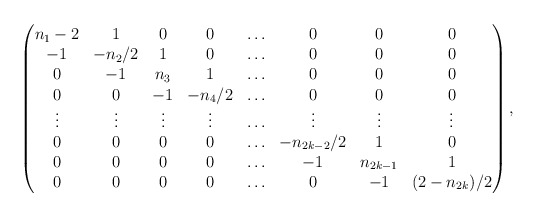
\begin{align*}\begin{pmatrix}n_1-2&1& 0 & 0 & \ldots & 0 & 0 & 0\\-1&-n_2/2& 1 & 0 & \ldots & 0 & 0 & 0\\0&-1& n_3 & 1 & \ldots & 0 & 0 & 0\\0&0& -1 & -n_4/2 & \ldots & 0 & 0 & 0\\\vdots & \vdots & \vdots & \vdots & \ldots & \vdots & \vdots & \vdots\\0&0&0&0& \ldots & -n_{2k-2}/2 & 1 & 0\\0&0&0&0& \ldots & -1 & n_{2k-1} & 1\\0&0&0&0& \ldots & 0 & -1 & (2-n_{2k})/2\\\end{pmatrix},\end{align*}